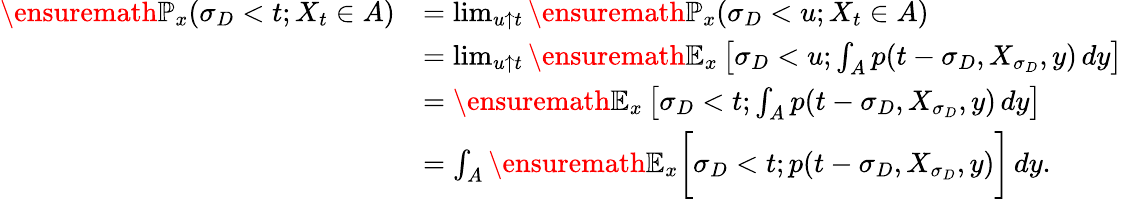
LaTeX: \begin{array}{rl}{\ensuremath{\mathbb{P}}_{x}(\sigma_{D}<t;X_{t}\in A)}&{=\operatorname*{lim}_{u\uparrow t}\ensuremath{\mathbb{P}}_{x}(\sigma_{D}<u;X_{t}\in A)}\\ &{=\operatorname*{lim}_{u\uparrow t}\ensuremath{\mathbb{E}}_{x}\left[\sigma_{D}<u;\int_{A}p(t-\sigma_{D},X_{\sigma_{D}},y)\, dy\right]}\\ &{=\ensuremath{\mathbb{E}}_{x}\left[\sigma_{D}<t;\int_{A}p(t-\sigma_{D},X_{\sigma_{D}},y)\, dy\right]}\\ &{=\int_{A}\ensuremath{\mathbb{E}}_{x}\bigg[\sigma_{D}<t;p(t-\sigma_{D},X_{\sigma_{D}},y)\bigg]\, dy.}\end{array}